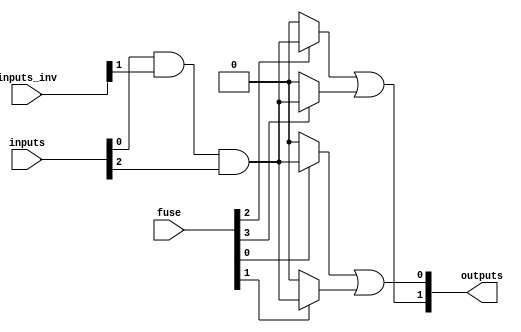
module FusedPAL #(
    parameter N = 4, // Number of inputs
    parameter M = 2, // Number of outputs
    parameter AND_TERMS = 4 // Number of programmable AND gates
)(
    input wire [N-1:0] inputs, // Input signals
    input wire [N-1:0] inputs_inv, // Inverted inputs for AND array
    input wire [AND_TERMS-1:0] fuse, // Fuse connections (1 = connected, 0 = blown)
    output wire [M-1:0] outputs // Output signals
);

// Programmable AND array
wire [AND_TERMS-1:0] and_out; // Outputs of the AND gates

// Generate AND gates
genvar i;
generate
    for (i = 0; i < AND_TERMS; i = i + 1) begin : and_gate
        // Each AND gate can take a combination of inputs and their inversions
        assign and_out[i] = (fuse[i]) ? (inputs[0] & inputs_inv[1] & inputs[2]) : 1'b0; // Example configuration
        // You can modify the above line to configure different combinations based on the fuse settings
    end
endgenerate

// Fixed OR array
assign outputs[0] = and_out[0] | and_out[1]; // Example OR gate combining AND outputs
assign outputs[1] = and_out[2] | and_out[3]; // Another OR gate

endmodule